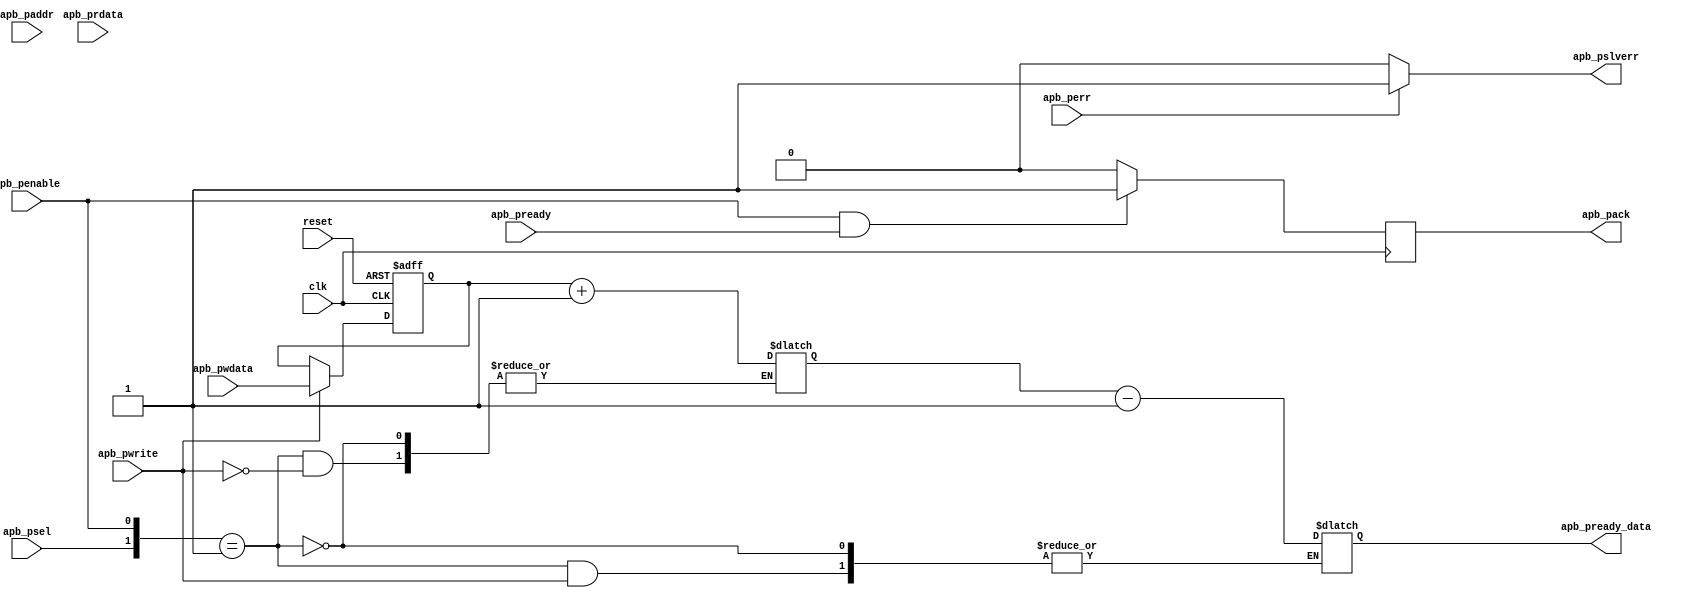
module apb_controller (
    input wire clk,           // Clock input
    input wire reset,         // Reset input
    input wire apb_penable,   // APB bus enable signal
    input wire [31:0] apb_paddr,   // APB bus address
    input wire [31:0] apb_pwdata,  // APB bus write data
    input wire [31:0] apb_prdata,  // APB bus read data
    input wire apb_pwrite,    // APB bus write enable signal
    input wire apb_psel,      // APB bus select signal
    input wire apb_pready,    // APB bus ready signal
    input wire apb_perr,      // APB bus error signal
    
    output reg apb_pslverr,   // APB bus slave error signal
    output reg [31:0] apb_pready_data,  // APB bus ready data
    output reg apb_pack       // APB bus acknowledge signal
);

// Define internal signals
reg [31:0] apb_paddr_reg = 0;
reg [31:0] apb_pwdata_reg = 0;
reg [31:0] apb_prdata_reg = 0;

// Synchronize the APB bus signals with the system clock
always @(posedge clk or posedge reset) begin
    if (reset) begin
        apb_paddr_reg <= 0;
        apb_pwdata_reg <= 0;
    end else begin
        apb_paddr_reg <= apb_paddr;
        if (apb_pwrite) begin
            apb_pwdata_reg <= apb_pwdata;
        end
    end
end

// Perform data transfer based on the APB bus signals
always @(*) begin
    case({apb_psel, apb_penable})
        2'b01: begin  // APB select and enable
            if (apb_pwrite) begin
                // Write data to peripheral
                // Perform error detection and correction
                apb_prdata_reg <= apb_pwdata_reg + 1; 
            end else begin
                // Read data from peripheral
                // Perform error detection and correction
                apb_pready_data <= apb_prdata_reg - 1;
            end
        end
        default: begin
            // No action
        end
    endcase
end

// Generate acknowledge signal for APB bus
always @(posedge clk) begin
    if (apb_penable && apb_pready) begin
        apb_pack <= 1;
    end else begin
        apb_pack <= 0;
    end
end

// Generate slave error signal based on error flag from peripheral
always @(*) begin
    if (apb_perr) begin
        apb_pslverr <= 1;
    end else begin
        apb_pslverr <= 0;
    end
end

endmodule